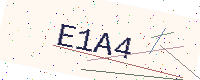
Text: E1A4